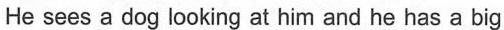
He sees a dog looking at him and he has a big